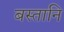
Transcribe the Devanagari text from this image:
बस्तानि